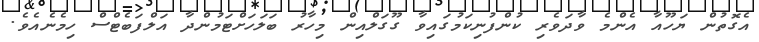
އެގޮތުން ޔަހޫއާ އެންމެ ވާދަވެރި ކުންފުނިކަމުގައިވާ ގޫގަލްއިން މިހާރު ބަލަހަށްޓަމުންދާ އަލްފަބެޓްސް ހިމެނެއެވެ.